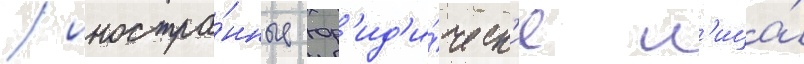
/ иностра́нные юр'ид'и́ческ'ие л'ица́